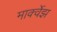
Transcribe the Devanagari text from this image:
मार्क्वेझ